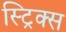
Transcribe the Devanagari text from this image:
स्ट्रिक्स